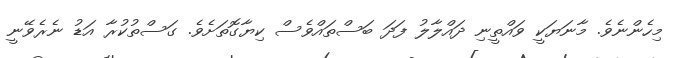
މިހެންނެވެ. މާނަޔަކީ ވައްތީނި ދައްލާލު ފަދަ ބަސްތައްވެސް ކިޔާގޮތަށެވެ. ގަސްތުކުރާ އަޑު ނެރެވޭނީ